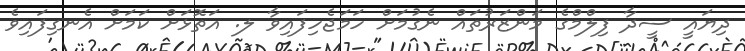
ދިޔައީ ސީދާ ފިލްމްގެ މަންޒަރުތައް ނެގުމަށް ހަމަޖެހިފައިވާ ލ. އަތޮޅަށް ކަމަށް އެނގިފައިވެ